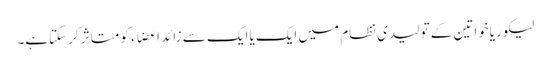
لیکوریاخواتین کے تولیدی نظام میں ایک یاایک سے زائد اعضاء کو متاثر کرسکتاہے۔